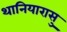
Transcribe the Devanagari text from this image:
थानियारासु